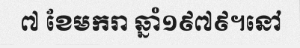
៧ ខែមករា ឆ្នាំ១៩៧៩។នៅ